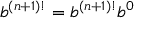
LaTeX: b ^ { ( n + 1 ) ! } = b ^ { ( n + 1 ) ! } b ^ { 0 }